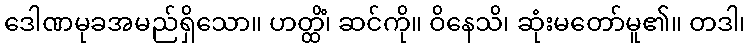
ဒေါဏမုခအမည်ရှိသော။ ဟတ္ထိံ၊ ဆင်ကို။ ဝိနေသိ၊ ဆုံးမတော်မူ၏။ တဒါ၊